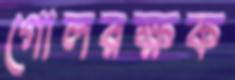
গোলরক্ষক